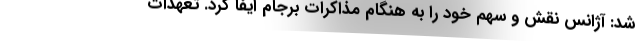
شد: آژانس نقش و سهم خود را به هنگام مذاکرات برجام ایفا کرد. تعهدات